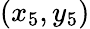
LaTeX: (x_{5},y_{5})